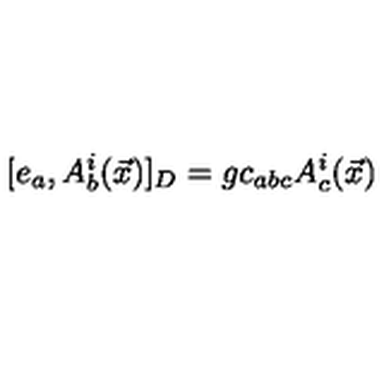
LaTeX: [ e _ { a } , A _ { b } ^ { i } ( \vec { x } ) ] _ { D } = g c _ { a b c } A _ { c } ^ { i } ( \vec { x } )